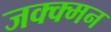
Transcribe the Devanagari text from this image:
जक्क्मन